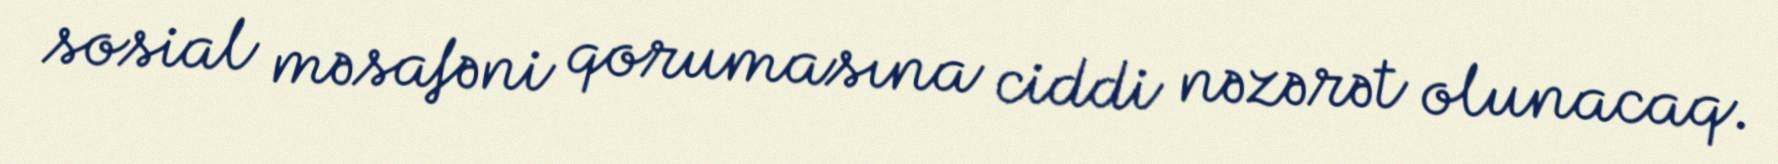
sosial məsafəni qorumasına ciddi nəzərət olunacaq.